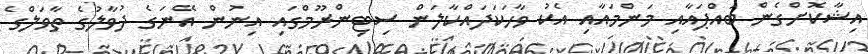
އިޝާކޮށްގެން ބައްޕައާއި މަންމައާއި އެކު ވާހަކަދައްކާލަން ސިޓިންރޫމްގައި އިނުން އޭނަގެ ދުވާލުގެ ތާވަލްގެ